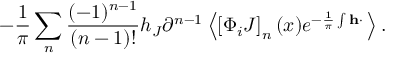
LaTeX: - \frac { 1 } { \pi } \sum _ { n } ^ { } \frac { ( - 1 ) ^ { n - 1 } } { ( n - 1 ) ! } h _ { J } \partial ^ { n - 1 } \left< \left[ \Phi _ { i } J \right] _ { n } ( x ) e ^ { - \frac { 1 } { \pi } \int { \bf h \cdot \Phi } } \right> .